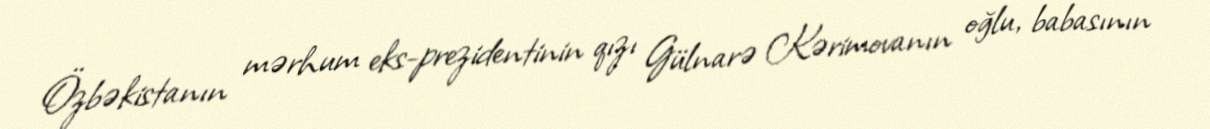
Özbəkistanın mərhum eks-prezidentinin qızı Gülnarə Kərimovanın oğlu, babasının